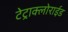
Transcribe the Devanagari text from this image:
टेट्राक्लोराईड